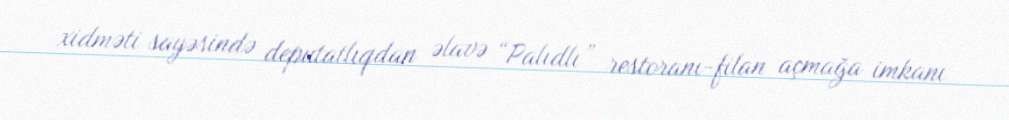
xidməti sayəsində deputatlıqdan əlavə “Palıdlı” restoranı-filan açmağa imkanı